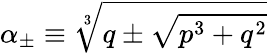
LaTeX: \alpha_{\pm}\equiv\sqrt[3]{q\pm\sqrt{p^{3}+q^{2}}}